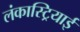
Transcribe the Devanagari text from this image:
लंकास्ट्रियाई